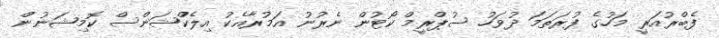
ފެބްރުއަރީ މަހުގެ ފުރަތަމަ ދުވަހު ސުޕްރީމް ކޯޓުން ނެރުނު އަމުރާއެކު އިލެކްޝަންސް ކޮމިޝަނުން